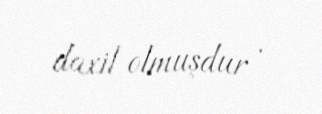
daxil olmuşdur .